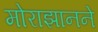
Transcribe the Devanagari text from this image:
मोराझानने